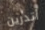
أتدرين